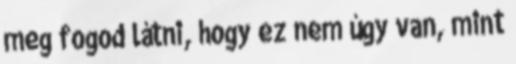
meg fogod látni, hogy ez nem úgy van, mint